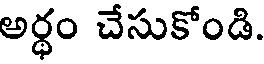
అర్ధం చేసుకోండి.